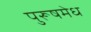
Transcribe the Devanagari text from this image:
पुरूषमेध